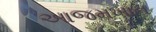
આજમખાન